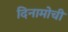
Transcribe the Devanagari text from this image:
दिनामोची